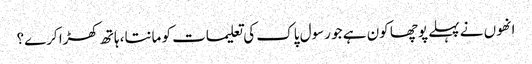
انھوں نے پہلے پوچھا کون ہے جو رسول پاک کی تعلیمات کو مانتا، ہاتھ کھڑا کرے؟